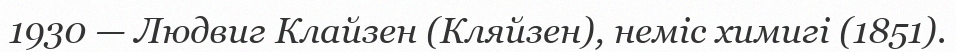
1930 — Людвиг Клайзен (Кляйзен), неміс химигі (1851).